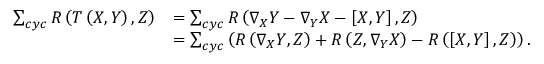
\begin{array} { r l } { \sum _ { c y c } R \left( T \left( X , Y \right) , Z \right) } & { = \sum _ { c y c } R \left( \nabla _ { X } Y - \nabla _ { Y } X - \left[ X , Y \right] , Z \right) \mathrm { \ \ \ \ \ \ \ \ \ \ \ \ \ \ \ \ \ \ \ \ \ \ \ \ } } \\ & { = \sum _ { c y c } \left( R \left( \nabla _ { X } Y , Z \right) + R \left( Z , \nabla _ { Y } X \right) - R \left( \left[ X , Y \right] , Z \right) \right) . } \end{array}